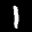
Label: 1